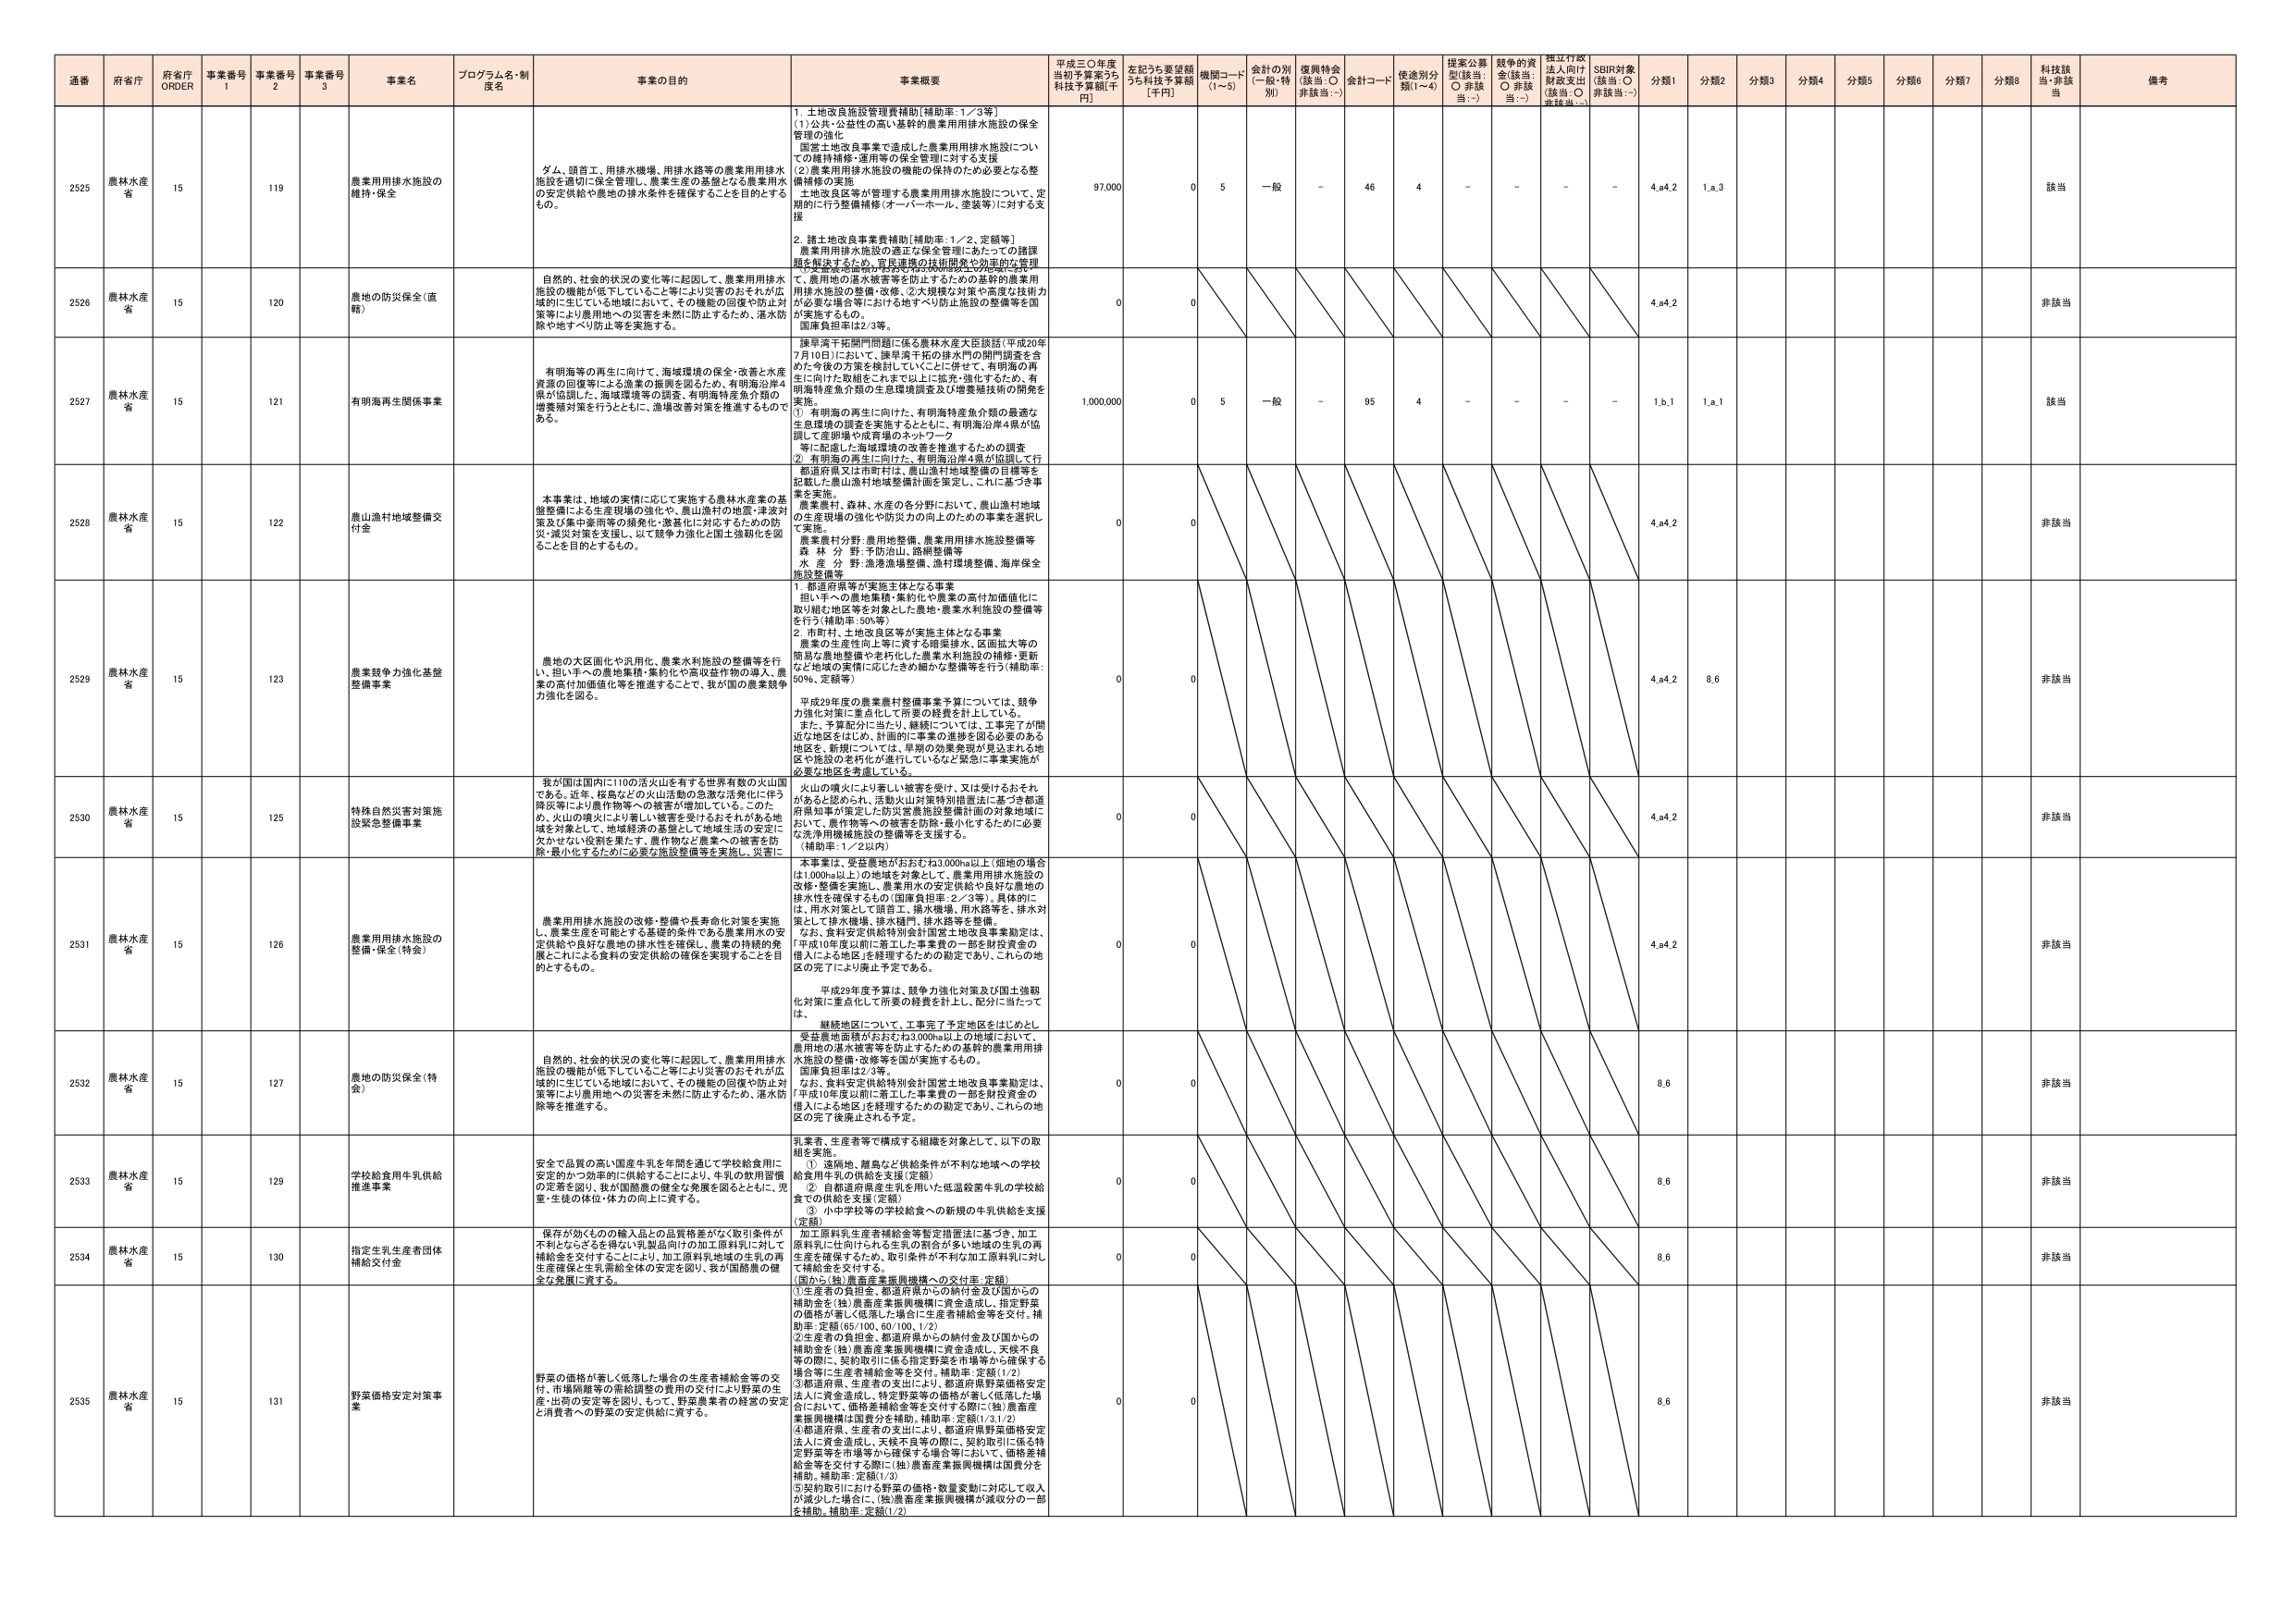
通番 府省庁 府省庁 ORDER 事業番号 1 事業番号 2 事業番号 3 事業名 プログラム名・制度名 事業の目的 事業概要 平成三〇年度当初予算案うち 科技予算額[千円] 左記うち要望額うち科技予算額 [千円] 機関コード (1~5) 会計の別 (一般・特別) 復興特会 (該当:○ 非該当:－) 会計コード 使途別分類(1~4) 提案公募型(該当:○ 非該当:－) 競争的資金(該当:○ 非該当:－) 指定行政法人向け財政支出(該当:○ 非該当:－) SDBR対象(該当:○ 非該当:－) 分類1 分類2 分類3 分類4 分類5 分類6 分類7 分類8 科技該当 備考

2525 農林水産省 15 119 農業用排水施設の維持・保全 ダム、頭首工、用排水機場、用排水路等の農業用用排水施設を適切に保全管理し、農業生産の基盤となる農業用水の安定供給や農地の排水条件を確保することを目的とするもの。 1. 土地改良施設管理費補助[補助率:1／3等] (1)公共・公益性の高い基幹的農業用用排水施設の保全管理の強化 国営土地改良事業で造成した農業用用排水施設についての維持補修・運用等の保全管理に対する支援 (2)農業用用排水施設の機能の保持のため必要となる整備補修の実施 土地改良区等が管理する農業用用排水施設について、定期的に行う整備補修(オーバーホール、塗装等)に対する支援 2. 諸土地改良事業費補助[補助率:1／2、定額等] 農業用排水施設の適正な保全管理にあたっての諸課題を解決するため、平成29年度の技術開発や効率的な管理で、農用地の排水被害等を防止するため基幹的農業用用排水施設の整備・改修、②大規模な対策や高度な技術力が必要な場合等における地すべり防止施設の整備等を国が実施するもの。 国庫負担率は2/3等。 97,000 0 5 一般 - 46 4 - - - - 4.a4.2 1.a.3 該当

2526 農林水産省 15 120 農地の防災保全(直轄) 自然的、社会的状況の変化等に起因して、農業用用排水施設の機能が低下していること等により災害のおそれが広域的に生じている地域において、その機能の回復や防止対策等により農用地への災害を未然に防止するため、湛水防除や地すべり防止等を実施する。 0 0 4.a4.2 非該当

2527 農林水産省 15 121 有明海再生関係事業 有明海等の再生に向けて、海域環境の保全・改善と水産資源の回復等による漁業の振興を図るため、有明海沿岸4県が協調した、海域環境等の調査、有明海特産魚介類の増養殖対策を行うとともに、漁場改善対策を推進するものである。 課早湾干拓閉門問題に係る農林水産大臣談話(平成20年7月10日)において、課早湾干拓の排水門の閉門調査を含めた今後の方策を検討していくことになって、有明海の再生に向けた取組をこれまで以上に拡充・強化するため、有明海特産魚介類の生息環境調査及び増養殖技術の開発を実施。 ① 有明海の再生に向けた、有明海特産魚介類の最適な生息環境の調査を実施するとともに、有明海沿岸4県が協調して産卵場や成育場のネットワーク等に配慮した海域環境の改善を推進するための調査 ② 有明海の再生に向けた、有明海沿岸4県が協調して行う漁場改善対策の推進 1,000,000 0 5 一般 - 95 4 - - - - 1.b.1 1.a.1 該当

2528 農林水産省 15 122 農山漁村地域整備交付金 本事業は、地域の実情に応じて実施する農林水産業の基盤整備による生産環境の強化や、農山漁村の地質・津波対策及び集中豪雨等の頻発化・激甚化に対応するための防災・減災対策を支援し、以て競争力強化と国土強靭化を図ることを目的とするもの。 都道府県又は市町村は、農山漁村地域整備の目標等を記載した農山漁村地域整備計画を策定し、これに基づき事業を実施。 農業農村、森林、水産の各分野において、農山漁村地域の生産現場の強化や防災力の向上のための事業を選択して実施。 農業農村分野:農用地整備、農業用用排水施設整備等 森林分野:予防治山、路網整備等 水産分野:漁港漁場整備、漁村環境整備、海岸保全施設整備等 0 0 4.a4.2 非該当

2529 農林水産省 15 123 農業競争力強化基盤整備事業 農地の大区画化や汎用化、農業水利施設の整備等を行い、担い手への農地集積・集約化や高収益作物の導入、農業の高付加価値化等を推進することで、我が国の農業競争力強化を図る。 1. 都道府県等が実施主体となる事業 担い手への農地集積・集約化や農業の高付加価値化に取り組む地区等を対象とした農地・農業水利施設の整備等を行う(補助率:50%等) 2. 市町村、土地改良区等が実施主体となる事業 農業の生産性向上等に資する暗渠排水、区画拡大等の簡易な農地整備や老朽化した農業水利施設の補修・更新など地域の実情に応じたきめ細かな整備等を行う(補助率:50%、定額等) 平成29年度の農業農村整備事業予算については、競争力強化対策に重点化して所要の経費を計上している。 また、予算配分に当たり、継続については、工事完了が間近な地区をはじめ、計画的に事業の進捗を図る必要のある地区を、新規については、早期の効果発現が見込まれる地区や施設の老朽化が進行しているなど緊急に事業実施が必要な地区を考慮している。 0 0 4.a4.2 8.6 非該当

2530 農林水産省 15 125 特殊自然災害対策施設緊急整備事業 我が国は国内に110の活火山を有する世界有数の火山国である。近年、桜島などの火山活動の急激な活発化に伴う降灰等により農作物等への被害が増加している。このため、火山の噴火により著しい被害を受けるおそれがある地域を対象として、地域経済の基盤として地域生活の安定に欠かせない役割を果たす、農作物など農業への被害を防除・最小化するために必要な施設整備等を実施し、災害に 火山の噴火により著しい被害を受け、又は受けるおそれがあると認められ、活動火山対策特別措置法に基づき都道府県知事が策定した防災営農基盤整備計画の対象地域において、農作物等への被害を防除・最小化するために必要な洗浄用機械施設の整備等を支援する。 (補助率:1／2以内) 0 0 4.a4.2 非該当

2531 農林水産省 15 126 農業用排水施設の整備・保全(特会) 農業用排水施設の改修・整備や長寿命化対策を実施し、農業生産を可能とする基盤的条件である農業用水の安定供給や良好な排水条件を確保し、農業の持続的発展とこれによる食料の安定供給の確保を実現することを目的とするもの。 本事業は、受益農地がおおむね3,000ha以上(佃地の場合は1,000ha以上)の地域を対象として、農業用用排水施設の改修・整備を実施し、農業用水の安定供給や良好な農地の排水性を確保するもの(国庫負担率:2／3等)。具体的には、用水対策として頭首工、揚水機場、用水路等を、排水対策として排水機場、排水樋門、排水路等を整備。 なお、食料安定供給特別会計国営土地改良事業勘定は、「平成19年度以前に着工した事業費の一部を財投資金の借入による地区」を経理するための勘定であり、これらの地区の完了により廃止予定である。 平成29年度予算は、競争力強化対策及び国土強靭化対策に重点化して所要の経費を計上し、配分に当たっては、継続地区について、工事完了予定地区をはじめとし、受益農地面積がおおむね3,000ha以上の地域において、農用地の排水被害等を防止するための基幹的農業用用排水施設の整備・改修等を国が実施するもの。 国庫負担率は2/3等。 なお、食料安定供給特別会計国営土地改良事業勘定は、「平成19年度以前に着工した事業費の一部を財投資金の借入による地区」を経理するための勘定であり、これらの地区の完了後廃止される予定。 0 0 4.a4.2 非該当

2532 農林水産省 15 127 農地の防災保全(特会) 自然的、社会的状況の変化等に起因して、農業用用排水施設の機能が低下していること等により災害のおそれが広域的に生じている地域において、その機能の回復や防止対策等により農用地への災害を未然に防止するため、湛水防除等を推進する。 0 0 8.6 非該当

2533 農林水産省 15 129 学校給食用牛乳供給推進事業 安全で品質の高い国産牛乳を年間を通じて学校給食用に安定的かつ効率的に供給することにより、牛乳の飲用習慣の定着を図り、我が国酪農の健全な発展を図るとともに、児童・生徒の体位・体力の向上に資する。 乳業者、生産者等で構成する組織を対象として、以下の取組を実施。 (1) 遠隔地、離島など供給条件が不利な地域への学校給食用牛乳の供給を支援(定額) (2) 自都道府県産生乳を用いた低温殺菌牛乳の学校給食での供給を支援(定額) (3) 小中学校等の学校給食への新規の牛乳供給を支援(定額) 0 0 8.6 非該当

2534 農林水産省 15 130 指定生乳生産者団体補助交付金 保存が効くものや輸入品との品質格差がなく取引条件が不利となるおそれのない乳製品向けの加工原料乳に対して補助金を交付することにより、加工原料乳地域の生乳の再生産確保と生乳需給全体の安定を図り、我が国酪農の健全な発展に資する。 加工原料乳生産者補給金等暫定措置法に基づき、加工原料乳に仕向けられる生乳の割合が多い地域の生乳の再生産を確保するため、取引条件が不利な加工原料乳に対して補助金を交付する。 (国から(独)農畜産業振興機構への交付率:定額) ①生産者の負担金、都道府県からの納付金及び国からの補助金を(独)農畜産業振興機構に資金造成し、指定野菜価格が著しく低落した場合に生産者補給金等を交付。補助率:定額(65/100, 60/100, 1/2) ②生産者の負担金、都道府県からの納付金及び国からの補助金を(独)農畜産業振興機構に資金造成し、天候不良等の際に、契約取引に係る指定野菜を市場等から確保する場合等に生産者補給金等を交付。補助率:定額(1/2) ③都道府県、生産者の支出により、都道府県野菜価格安定法人に資金造成し、特定野菜等の価格が著しく低落した場合において、価格差補給金等を交付する際に(独)農畜産業振興機構は国費分を補助。補助率:定額(1/3) ④都道府県、生産者の支出により、都道府県野菜価格安定法人に資金造成し、天候不良等の際に、契約取引に係る特定野菜等を市場等から確保する場合等において、価格差補給金等を交付する際に(独)農畜産業振興機構は国費分を補助。補助率:定額(1/3) ⑤契約取引における野菜の価格・数量変動に対応して収入が減少した場合に、(独)農畜産業振興機構が減収分の一部を補助。補助率:定額(1/2) 0 0 8.6 非該当

2535 農林水産省 15 131 野菜価格安定対策事業 野菜の価格が著しく低落した場合の生産者補給金等の交付、市場機構等の需給調整の費用の交付により野菜の生産・出荷の安定を図り、もって、野菜生産者の経営の安定と消費者への野菜の安定供給に資する。 0 0 8.6 非該当